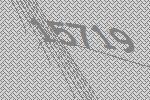
15719